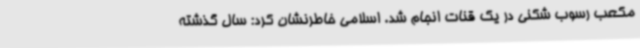
مکعب رسوب شکنی در یک قنات انجام شد. اسلامی خاطرنشان کرد: سال گذشته